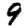
Digit: 9